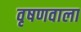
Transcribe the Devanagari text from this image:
वृषणवाला